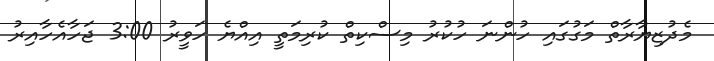
މެދުޒިޔާރާތް މަގުގައި ހުންނަ ހުކުރު މިސްކިތް ކުރިމަތީ އިއްޔެ ހަވީރު 3:00 ޖަހާއެހާއިރު